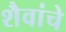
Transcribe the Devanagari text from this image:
शैवांचे